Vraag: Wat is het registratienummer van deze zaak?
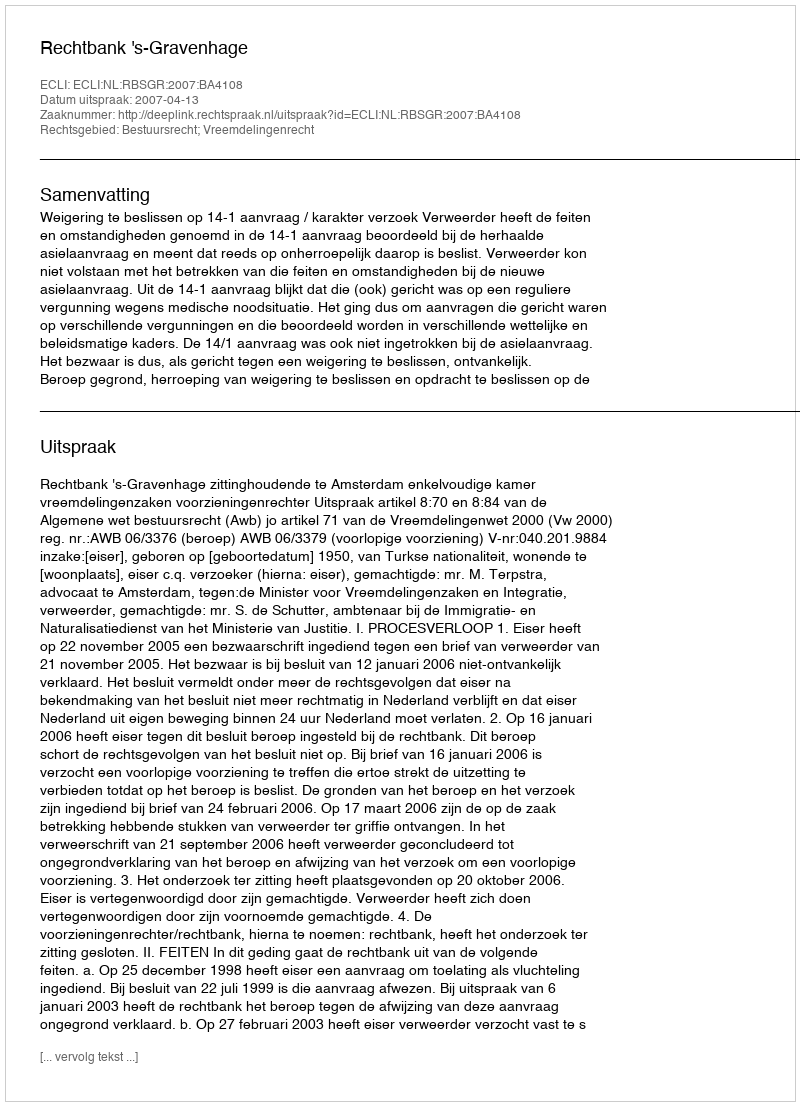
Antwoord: http://deeplink.rechtspraak.nl/uitspraak?id=ECLI:NL:RBSGR:2007:BA4108